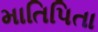
માતિપિતા